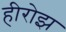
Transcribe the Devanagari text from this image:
हीरोझ